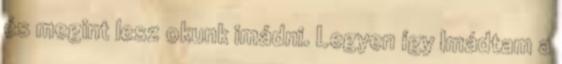
és megint lesz okunk imádni. Legyen így Imádtam a